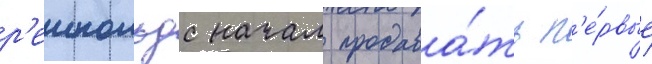
р'еинольдс начал продава́ть п'е́рвые